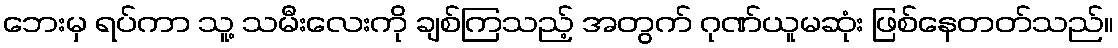
ဘေးမှ ရပ်ကာ သူ့ သမီးလေးကို ချစ်ကြသည့် အတွက် ဂုဏ်ယူမဆုံး ဖြစ်နေတတ်သည်။